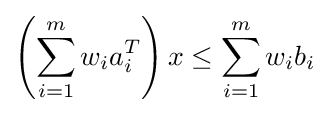
\left(\sum _{i=1}^{m}w_{i}a_{i}^{T}\right)x\leq \sum _{i=1}^{m}w_{i}b_{i}